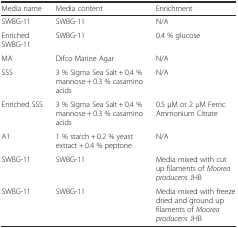
| Media name | Media content | Enrichment |
 | --- | --- | --- |
 | SWBG-11 | SWBG-11 | N/A |
 | Enriched SWBG-11 | SWBG-11 | 0.4 % glucose |
 | MA | Difco Marine Agar | N/A |
 | SSS | 3 % Sigma Sea Salt + 0.4 % mannose + 0.3 % casamino acids | N/A |
 | Enriched SSS | 3 % Sigma Sea Salt + 0.4 % mannose + 0.3 % casamino acids | 0.5 μM or 2 μM Ferric Ammonium Citrate |
 | A1 | 1 % starch + 0.2 % yeast extract + 0.4 % peptone | N/A |
 | SWBG-11 | SWBG-11 | Media mixed with cut up filaments of Moorea producens JHB |
 | SWBG-11 | SWBG-11 | Media mixed with freeze dried and ground up filaments of Moorea producens JHB |